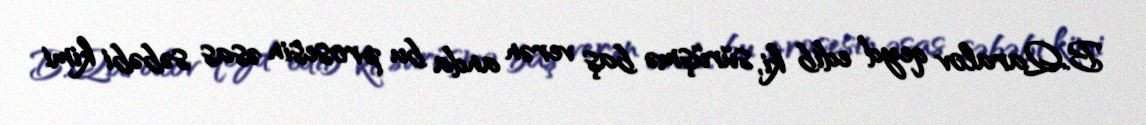
B.Qaralov qeyd edib ki, sürüşmə baş verən anda bu prosesin əsas səbəbi kimi